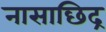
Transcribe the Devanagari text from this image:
नासाछिद्र